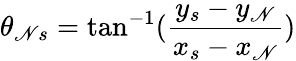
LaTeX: \theta_{\mathscr{N}s}=\tan^{-1}(\frac{{y_{s}-y_{\mathscr{N}}}}{{x_{s}-x_{\mathscr{N}}}})